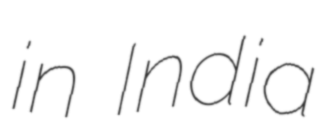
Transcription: in India